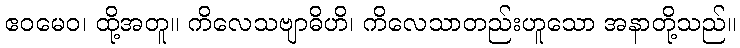
ဧဝမေဝ၊ ထို့အတူ။ ကိလေသဗျာဓိဟိ၊ ကိလေသာတည်းဟူသော အနာတို့သည်။